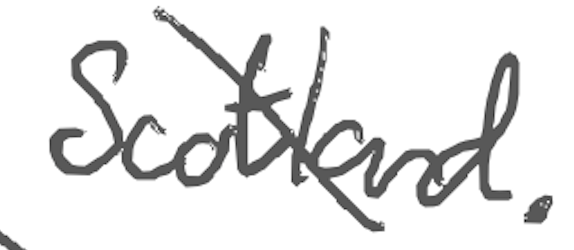
Text: Scotland.
Cross-out: diagonal
Writing tool: digital_gray